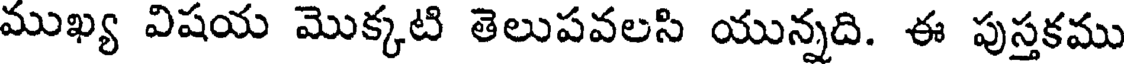
ముఖ్య విషయ మొక్కటి తెలుపవలసి యున్నది. ఈ పుస్తకము